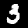
Digit: 3